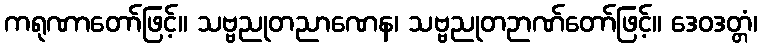
ကရုဏာတော်ဖြင့်။ သဗ္ဗညုတညာဏေန၊ သဗ္ဗညုတဉာဏ်တော်ဖြင့်။ ဒေဝဒတ္တံ၊